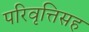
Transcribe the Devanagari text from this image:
परिवृत्तिसह